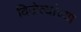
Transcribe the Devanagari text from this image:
विजेत्यांच्या